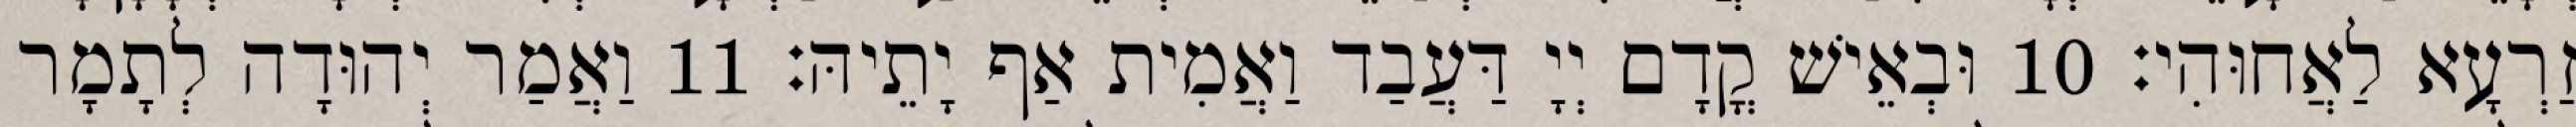
זַרְעָא לַאֲחוּהִי׃ 10 וּבְאֵישׁ קֳדָם יְיָ דַּעֲבַד וַאֲמִית אַף יָתֵיהּ׃ 11 וַאֲמַר יְהוּדָה לְתָמָר